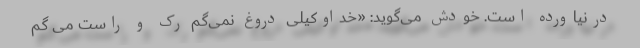
درنیاورده است. خودش می‌گوید: «خداوکیلی دروغ نمی‌گم رُک و راست می گم